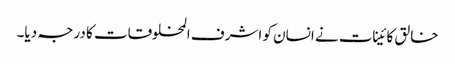
خالق کائینات نے انسان کو اشرف المخلوقات کا درجہ دیا۔